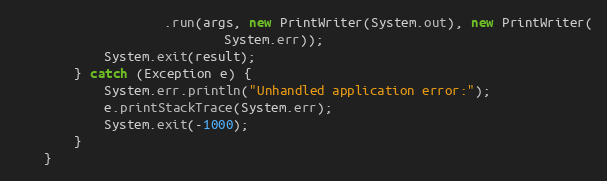
Language: Java
					.run(args, new PrintWriter(System.out), new PrintWriter(
							System.err));
			System.exit(result);
		} catch (Exception e) {
			System.err.println("Unhandled application error:");
			e.printStackTrace(System.err);
			System.exit(-1000);
		}
	}